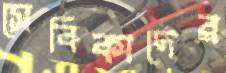
সেবিকাদের